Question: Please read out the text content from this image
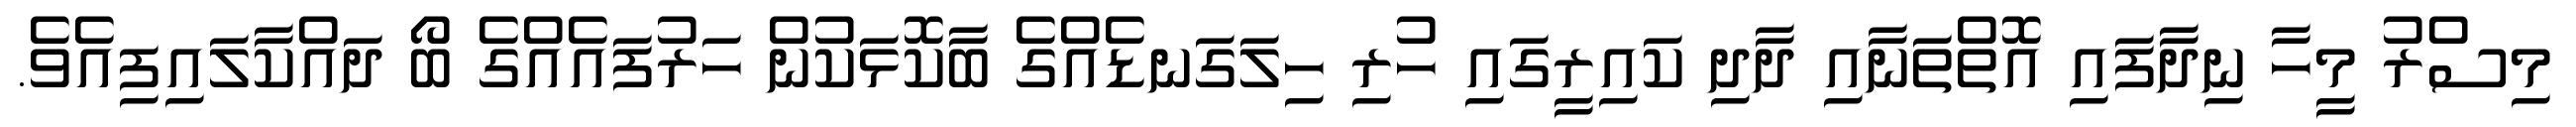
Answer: މިސްރު މީހާ ނިދާފައި އޮތްތަނާއި ދާދި ކައިރީގައި ހުރި ހިލަގަނޑެއްގެ ބާކޮޅަކުން ހަރުފައެއްގެ ބޯ ދައްކާލައިފިއެވެ.